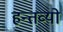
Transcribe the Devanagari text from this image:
हन्तव्यो